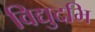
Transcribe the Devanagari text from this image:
विद्युदभि